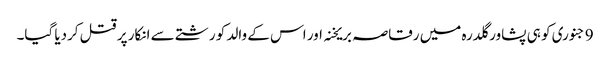
9 جنوری کو ہی پشاور گلدرہ میں رقاصہ بریخنہ اور اس کے والد کو رشتے سے انکار پر قتل کردیا گیا۔